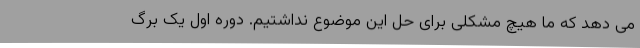
می دهد که ما هیچ مشکلی برای حل این موضوع نداشتیم. دوره اول یک برگ